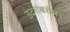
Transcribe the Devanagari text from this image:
उंदरांबरोबर